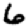
Digit: 6